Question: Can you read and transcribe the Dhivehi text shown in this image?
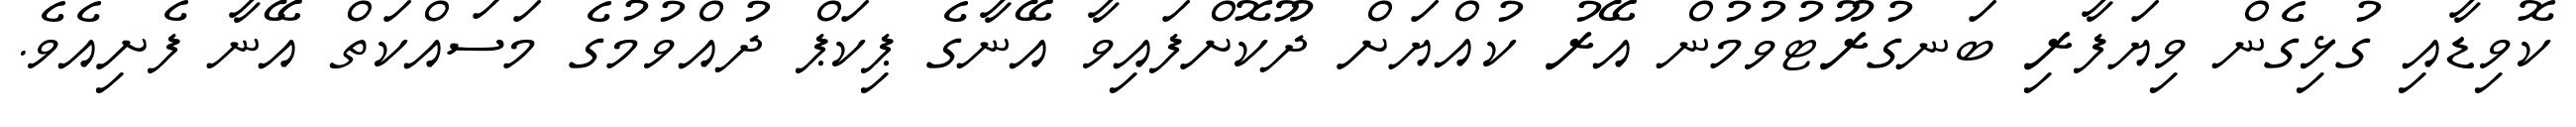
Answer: ކޮވިޑާއި ގުޅިގެން ވިޔަފާރި ބަނގުރޫޓުވުމުން އޭރު ކުއްޔަށް ދޫކޮށްފައިވާ އޭނާގެ ޕިކަޕް ދުއްވުމުގެ މަސައްކަތް އޭނާ ފެށިއެވެ.